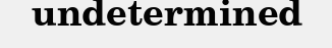
undetermined